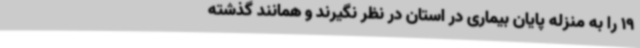
19 را به منزله پایان بیماری در استان در نظر نگیرند و همانند گذشته